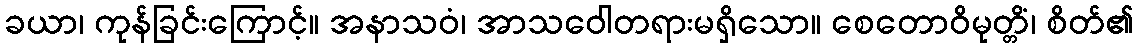
ခယာ၊ ကုန်ခြင်းကြောင့်။ အနာသဝံ၊ အာသဝေါတရားမရှိသော။ စေတောဝိမုတ္တိံ၊ စိတ်၏